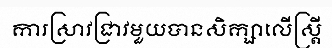
ការស្រាវជ្រាវមួយបានសិក្សាលើស្ត្រី